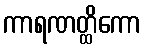
ကာရဏတ္ထိကော